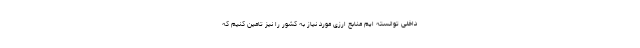
داخلی توانسته ایم منابع ارزی مورد نیاز به کشور را نیز تامین کنیم که